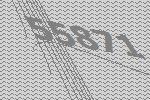
55871